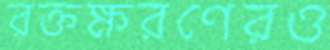
রক্তক্ষরণেরও